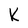
Character: K